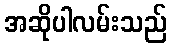
အဆိုပါလမ်းသည်